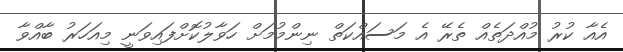
އެއާ ކުރު މުއްދަތެއް ތެރޭ އެ މަސައްކަތް ނިންމުމަށް ހަވާލުކޮށްފައިވަނީ މިއަހަރު ބާއްވާ